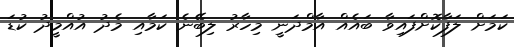
ކަމަށް ލަފާކޮށްފައިވާ ބައެއް އާމްދަނީ މިހާރު ލިބޭނެ ކަމާއި މެދު އުއްމީދު ކުޑަ